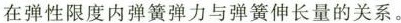
在弹性限度内弹簧弹力与弹簧伸长量的关系。